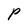
Character: P